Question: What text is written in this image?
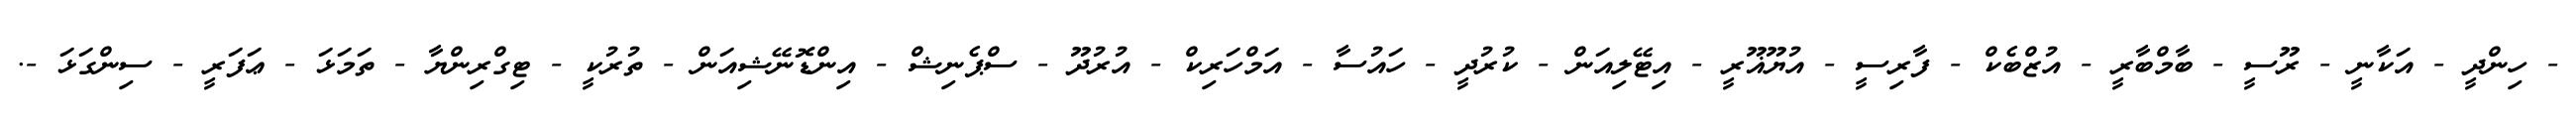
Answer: - ހިންދީ - އަކާނީ - ރޫސީ - ބާމްބާރީ - އުޒްބެކް - ފާރިސީ - އުޔޫޣޫރީ - އިޓޭލިއަން - ކުރުދީ - ހައުސާ - އަމްހަރިކް - އުރުދޫ - ސްޕެނިޝް - އިންޑޮނޭޝިއަން - ތުރުކީ - ޓިގްރިންޔާ - ތަމަޅަ - ޢަފަރީ - ސިންގަޅަ -.